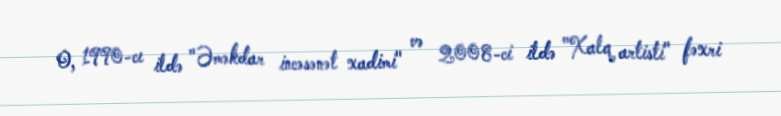
O, 1990-cı ildə "Əməkdar incəsənət xadimi" və 2008-ci ildə "Xalq artisti" fəxri